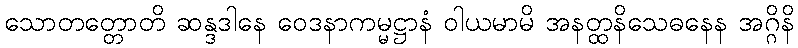
သောတတ္တောတိ ဆန္ဒဒါနေ ဝေဒနာကမ္မဋ္ဌာနံ ဝါယမာမိ အနတ္ထနိသေဓနေန အဂ္ဂိနိ